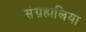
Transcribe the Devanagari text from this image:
संग्रहालिया